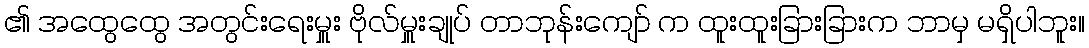
၏ အထွေထွေ အတွင်းရေးမှူး ဗိုလ်မှူးချုပ် တာဘုန်းကျော် က ထူးထူးခြားခြားက ဘာမှ မရှိပါဘူး။